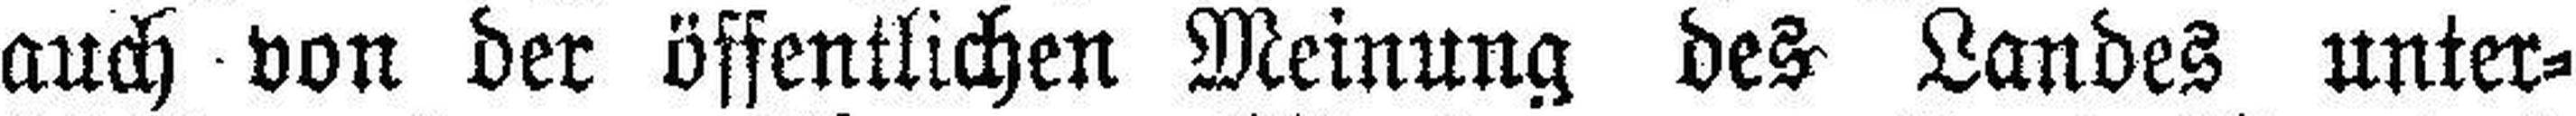
auch von der öffentlichen Meinung des Landes unter¬